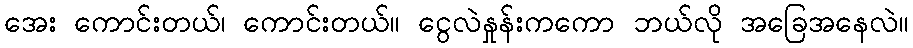
အေး ကောင်းတယ်၊ ကောင်းတယ်။ ငွေလဲနှုန်းကကော ဘယ်လို အခြေအနေလဲ။